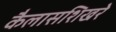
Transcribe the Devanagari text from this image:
कैलासशिखरे